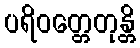
ပရိဝတ္တေတုန္တိ